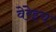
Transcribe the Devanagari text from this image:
वेंरेइच